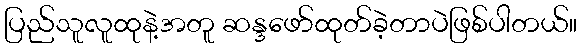
ပြည်သူလူထုနဲ့အတူ ဆန္ဒဖော်ထုတ်ခဲ့တာပဲဖြစ်ပါတယ်။